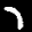
Label: 7